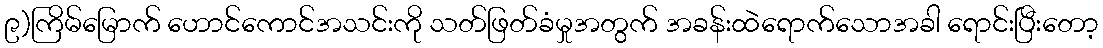
၉)ကြိမ်မြောက် ဟောင်ကောင်အသင်းကို သတ်ဖြတ်ခံမှုအတွက် အခန်းထဲရောက်သောအခါ ရောင်းပြီးတော့